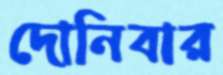
দোনিবার